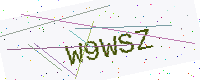
Text: W9WSZ